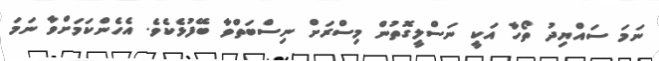
ނަމަ ސައްޔިދު ތޯހާ އަކީ ނަސްލީގޮތުން މިސްރަށް ނިސްބަތްވާ ބޭފުޅެކެވެ. އެހެންކަމަށްވާ ނަމަ